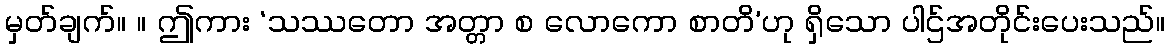
မှတ်ချက်။ ။ ဤကား ‘သဿတော အတ္တာ စ လောကော စာတိ’ဟု ရှိသော ပါဌ်အတိုင်းပေးသည်။